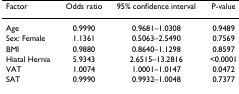
<table><thead><tr><td><b>Factor</b></td><td><b>Odds ratio</b></td><td><b>95% confidence interval</b></td><td><b>P-value</b></td></tr></thead><tbody><tr><td>Age</td><td>0.9990</td><td>0.9681–1.0308</td><td>0.9489</td></tr><tr><td>Sex: Female</td><td>1.1361</td><td>0.5063–2.5490</td><td>0.7569</td></tr><tr><td>BMI</td><td>0.9880</td><td>0.8640–1.1298</td><td>0.8597</td></tr><tr><td>Hiatal Hernia</td><td>5.9343</td><td>2.6515–13.2816</td><td>&lt;0.0001</td></tr><tr><td>VAT</td><td>1.0074</td><td>1.0001–1.0147</td><td>0.0472</td></tr><tr><td>SAT</td><td>0.9990</td><td>0.9932–1.0048</td><td>0.7377</td></tr></tbody></table>